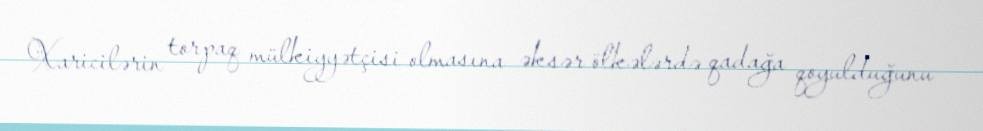
Xaricilərin torpaq mülkiyyətçisi olmasına əksər ölkələrdə qadağa qoyulduğunu